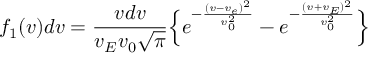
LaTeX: f _ { 1 } ( v ) d v = \frac { v d v } { v _ { E } v _ { 0 } \sqrt { \pi } } \Bigl \{ e ^ { - \frac { ( v - v _ { e } ) ^ { 2 } } { v _ { 0 } ^ { 2 } } } - e ^ { - \frac { ( v + v _ { E } ) ^ { 2 } } { v _ { 0 } ^ { 2 } } } \Bigr \}